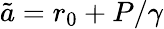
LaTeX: \tilde{a}=r_{0}+P/\gamma